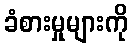
ခံစားမှုများကို